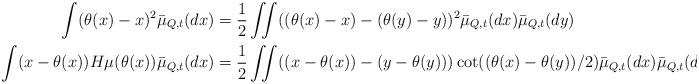
LaTeX: \begin{align*}\int (\theta(x)-x)^{2}\bar{\mu}_{Q,t}(dx) & = \frac{1}{2}\iint ((\theta(x)-x)-(\theta(y)-y))^{2}\bar{\mu}_{Q,t}(dx)\bar{\mu}_{Q,t}(dy) \\\int (x-\theta(x))H\mu(\theta(x))\bar{\mu}_{Q,t}(dx)& = \frac{1}{2}\iint ((x-\theta(x))-(y-\theta(y)))\cot((\theta(x)-\theta(y))/2)\bar{\mu}_{Q,t}(dx)\bar{\mu}_{Q,t}(dy) \end{align*}